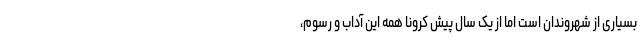
بسیاری از شهروندان است اما از یک سال پیش کرونا همه این آداب و رسوم،